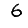
Digit: 6